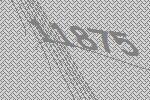
11875